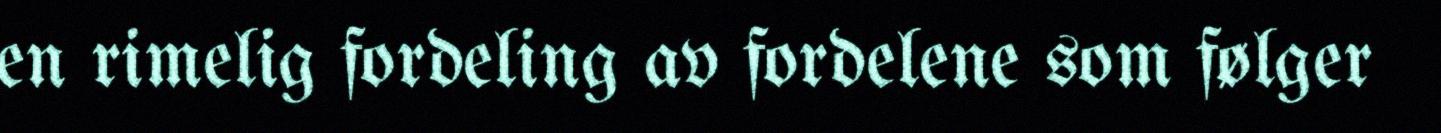
en rimelig fordeling av fordelene som følger